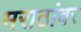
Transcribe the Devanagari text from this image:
मराठांवर